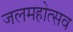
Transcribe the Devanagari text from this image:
जलमहोत्सव